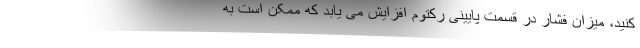
کنید، میزان فشار در قسمت پایینی رکتوم افزایش می یابد که ممکن است به